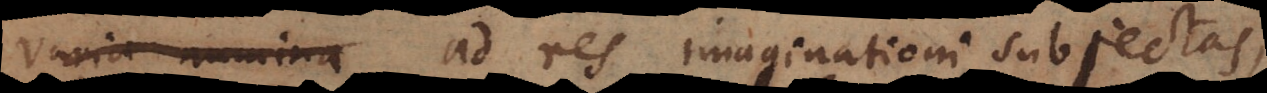
varia nomina ad res imaginationi subjectas,